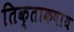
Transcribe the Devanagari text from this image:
तिक्ताकषाय